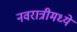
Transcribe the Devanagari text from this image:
नवरात्रीमध्ये